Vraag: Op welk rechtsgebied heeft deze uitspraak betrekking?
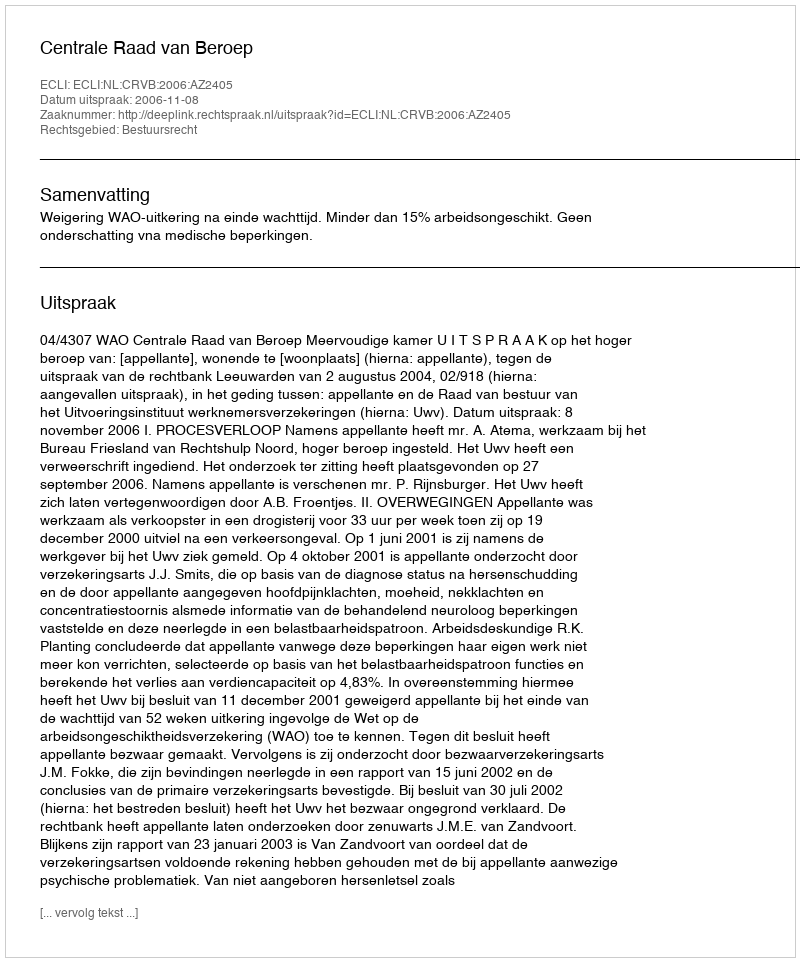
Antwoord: Bestuursrecht